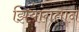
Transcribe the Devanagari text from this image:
झियांगतान